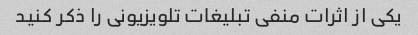
یکی از اثرات منفی تبلیغات تلویزیونی را ذکر کنید